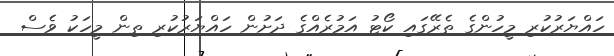
ހައްޔަރުކުރި މީހުންގެ ތެރޭގައި ކޯޓު އަމުރެއްގެ ދަށުން ހައްޔަރުކުރި ތިން މީހަކު ވެސް